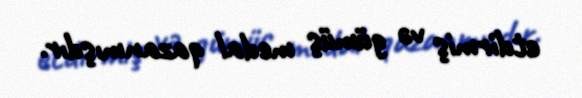
etdirmiş və gümüş medal qazanmışdır.